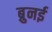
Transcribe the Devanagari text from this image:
ब्रुनई